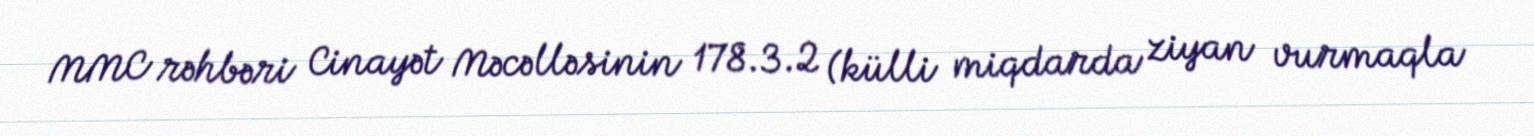
MMC rəhbəri Cinayət Məcəlləsinin 178.3.2 (külli miqdarda ziyan vurmaqla